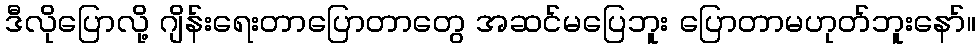
ဒီလိုပြောလို့ ဂျိန်းရေးတာပြောတာတွေ အဆင်မပြေဘူး ပြောတာမဟုတ်ဘူးနော်။